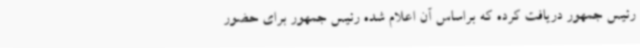
رئیس جمهور دریافت کرده که براساس آن اعلام شده رئیس جمهور برای حضور